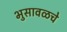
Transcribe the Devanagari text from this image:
भुसावळचे